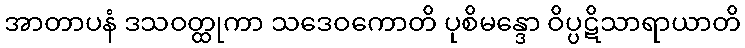
အာတာပနံ ဒသဝတ္ထုကာ သဒေဝကောတိ ပုစိမန္ဒော ဝိပ္ပဋိသာရာယာတိ